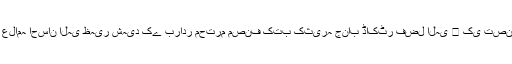
زیر تبصرہ کتاب’’حضرت ابراہیم کی قربانی کاقصہ تفسیر ودروس‘‘ شہید ملت علامہ احسان الٰہی ظہیر شہید کے برادر محترم مصنف کتب کثیرہ جناب ڈاکٹر فضل الٰہی ﷾ کی تصنیف ہےیہ کتاب سیدنا ابراہیم ﷤کی واقعہ قربانی پر مشتمل تفصیلی کتاب ہے۔